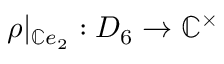
\rho | _ { \mathbb { C } e _ { 2 } } : D _ { 6 } \to \mathbb { C } ^ { \times }